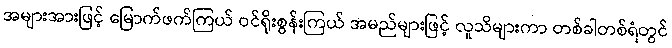
အများအားဖြင့် မြောက်ဖက်ကြယ် ဝင်ရိုးစွန်းကြယ် အမည်များဖြင့် လူသိများကာ တစ်ခါတစ်ရံတွင်